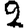
Digit: 2